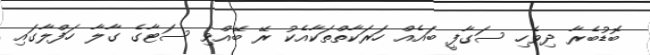
ބޮޑުބެރާ ދިވެހި ސަގާފީ ބައެއް ހަރަކާތްތަކާއެކު ރޭ ބޭއްވި ސަޓާގެ ގާލާ ހަފްލާގައި